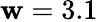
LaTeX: \mathbf{w}=3.1